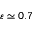
\varepsilon \simeq 0 . 7